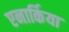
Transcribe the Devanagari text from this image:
एनार्किया